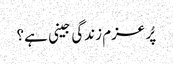
پُر عزم زندگی جینی ہے؟